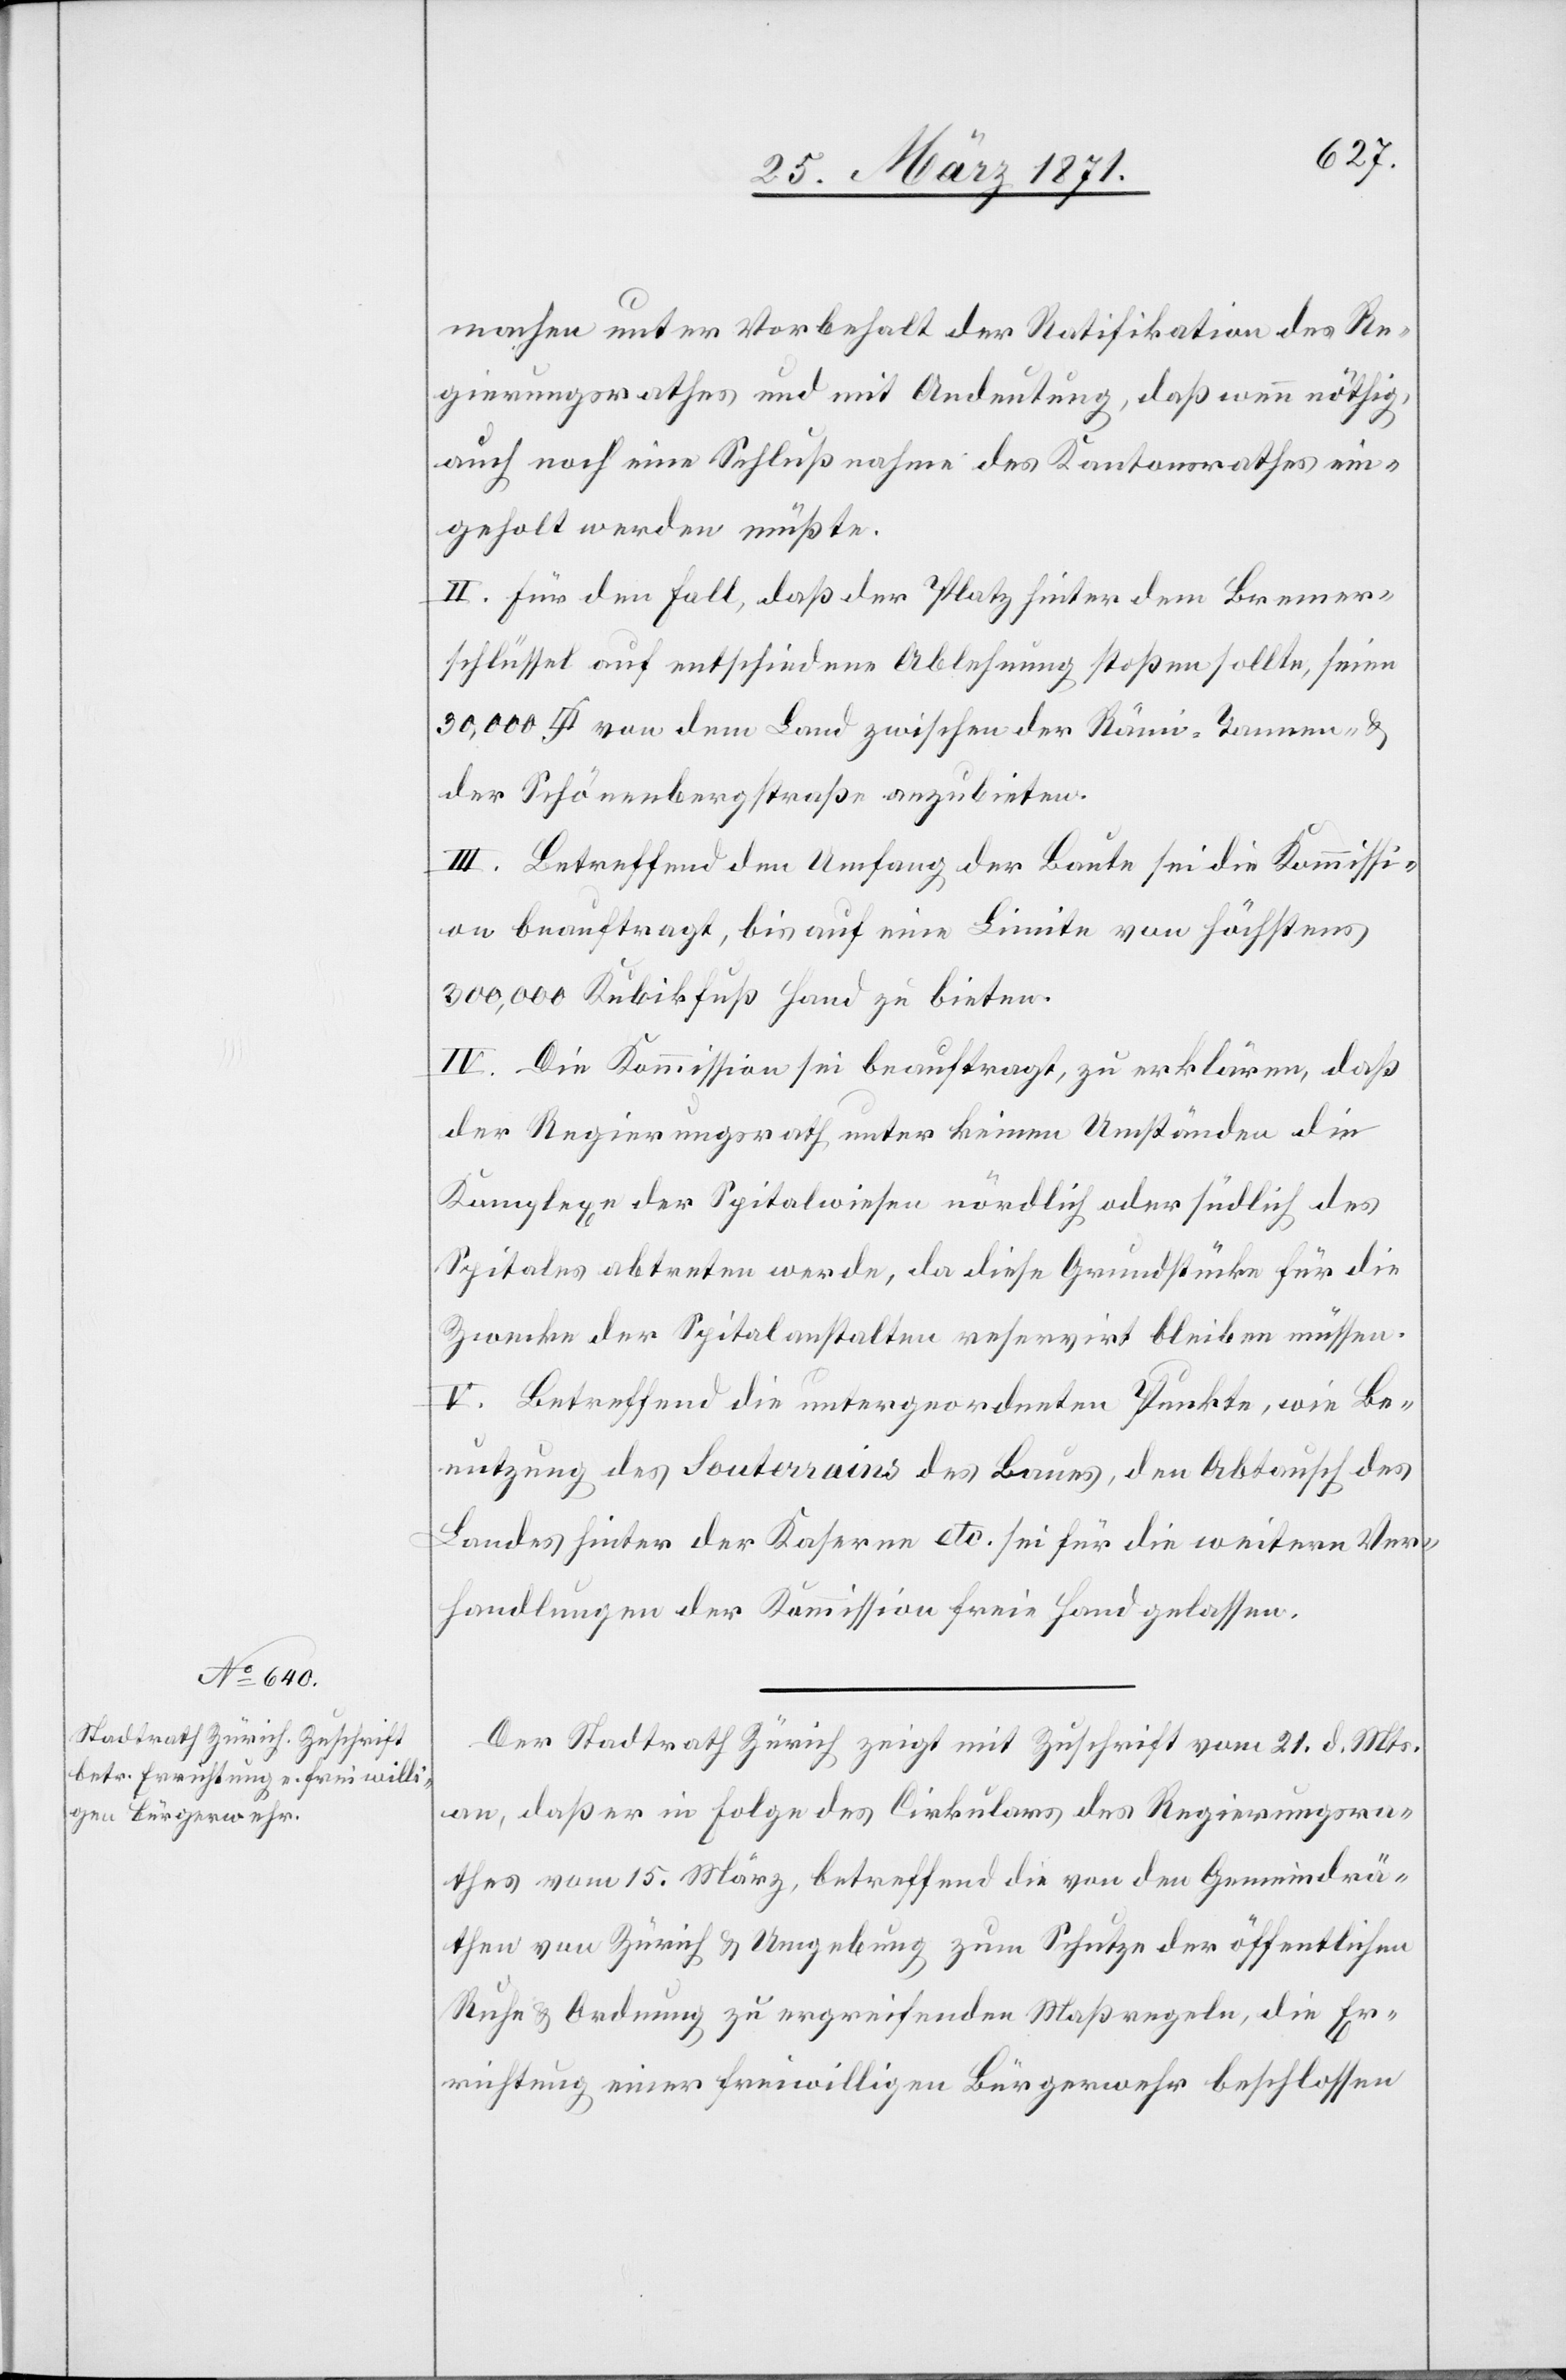
machen unter Vorbehalt der Ratifikation des Re¬
gierungsrathes und mit Andeutung, daß wenn nöthig
auch noch eine Schlußnahme des Kantonsrathes ein¬
geholt werden müßte.
II. Für den Fall, daß der Platz hinter dem Bremer¬
schlüssel auf entschiedene Ablehnung stossen sollte, seien
der Schönenbergstraße anzubieten.
III. Betreffend dem Umfang der Baute sei die Kommissi¬
on beauftragt, bis auf eine Limite von höchstens
300,000 Kubikfuß Hand zu bieten.
IV. Die Kommission sei beauftragt, zu erklären, daß
der Regierungsrath unter keinen Umständen die
Komplexe der Spitalwiesen nördlich oder südlich des
Spitales abtreten werde, da diese Grundstücke für die
Zwecke der Spitalanstalten reservirt bleiben müssen.
V. Betreffend die untergeordneten Punkte, wie Be¬
nutzung des Souterrains des Baues, den Abtausch des
Landes hinter der Kaserne etc. sei für die weitern Ver¬
handlungen der Kommission freie Hand gelassen.
Der Stadtrath Zürich zeigt mit Zuschrift vom 21. d. Mts.
an, daß er in Folge des Cirkulars des Regierungsra¬
thes vom 15. März, betreffend die von den Gemeindrä¬
then von Zürich u. Umgebung zum Schutze der öffentlichen
Ruhe u. Ordnung zu ergreifenden Maßregeln, die Er¬
richtung einer freiwilligen Bürgerwehr beschlossen